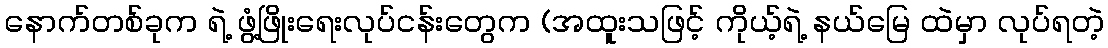
နောက်တစ်ခုက ရဲ့ ဖွံ့ဖြိုးရေးလုပ်ငန်းတွေက (အထူးသဖြင့် ကိုယ့်ရဲ့ နယ်မြေ ထဲမှာ လုပ်ရတဲ့